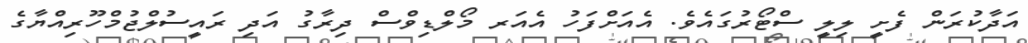
އަދާކުރަން ފެށީ ލިލީ ސްޓޯރުގައެވެ. އެއަށްފަހު އެއަރ މޯލްޑިވްސް ދިރާގު އަދި ރައީސުލްޖުމްހޫރިއްޔާގެ